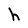
Character: h